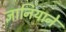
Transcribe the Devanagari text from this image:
ज्ञानियाने